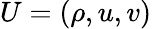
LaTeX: U=(\rho,u,v)